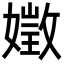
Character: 嬍